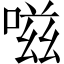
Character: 嗞